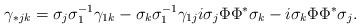
LaTeX: \begin{align*} \gamma_{*jk} = \sigma_j \sigma_1^{-1} \gamma_{1k} - \sigma_k \sigma_1^{-1} \gamma_{1j} i \sigma_j \Phi \Phi^* \sigma_k - i \sigma_k \Phi \Phi^* \sigma_j.\end{align*}